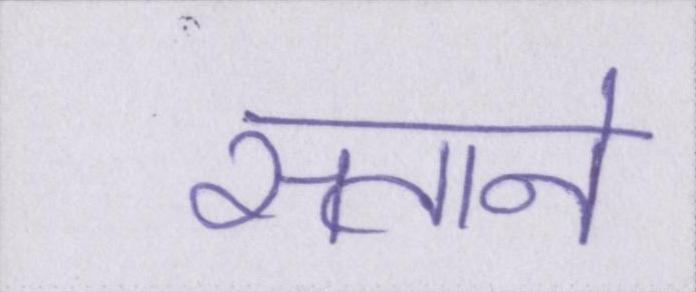
सताने